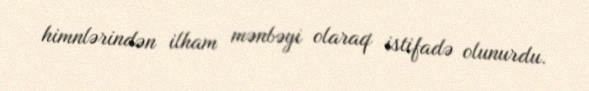
himnlərindən ilham mənbəyi olaraq istifadə olunurdu.